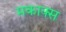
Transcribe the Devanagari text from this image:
मकाक्स